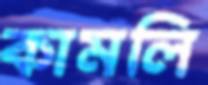
কামলি